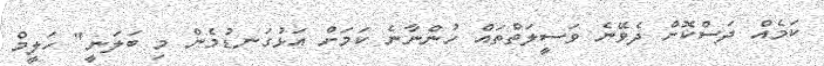
ކަމެއް ދަސްކޮށް ދެވޭނެެ ވަސީލަތްތައް ހުންނާނެ ކަމަށް އަޅުގަނޑުމެން މި ބަލަނީ" ހަލީމް